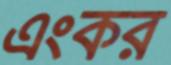
এংকর